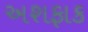
અશફાક